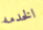
الخدمه